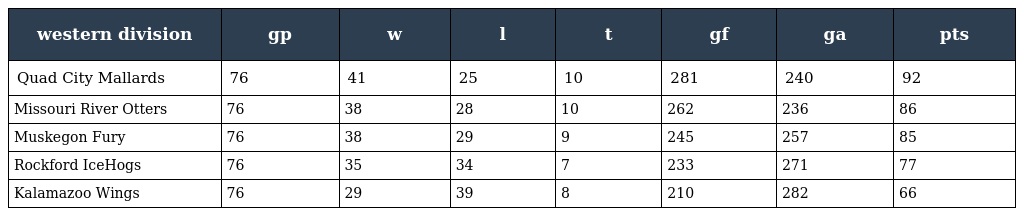
| western division | gp | w | l | t | gf | ga | pts |
 | --- | --- | --- | --- | --- | --- | --- | --- |
 | Quad City Mallards | 76 | 41 | 25 | 10 | 281 | 240 | 92 |
 | Missouri River Otters | 76 | 38 | 28 | 10 | 262 | 236 | 86 |
 | Muskegon Fury | 76 | 38 | 29 | 9 | 245 | 257 | 85 |
 | Rockford IceHogs | 76 | 35 | 34 | 7 | 233 | 271 | 77 |
 | Kalamazoo Wings | 76 | 29 | 39 | 8 | 210 | 282 | 66 |